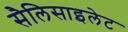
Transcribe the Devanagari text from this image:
सैलिसाइलेट